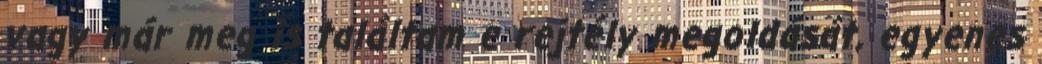
vagy már meg is találtam e rejtély megoldását, egyenes